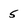
Character: 5